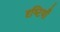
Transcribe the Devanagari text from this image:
दृष्‍टियाँ